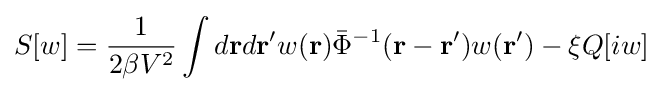
S[w]={\frac {1}{2\beta V^{2}}}\int d\mathbf {r} d\mathbf {r} 'w(\mathbf {r} ){\bar {\Phi }}^{-1}(\mathbf {r} -\mathbf {r} ')w(\mathbf {r} ')-\xi Q[iw]